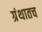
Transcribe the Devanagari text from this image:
ग्रंथातच